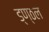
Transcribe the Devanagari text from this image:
ड्ण्ठल